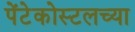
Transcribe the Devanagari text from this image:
पेंटेकोस्टलच्या